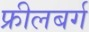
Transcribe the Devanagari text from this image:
फ्रीलबर्ग